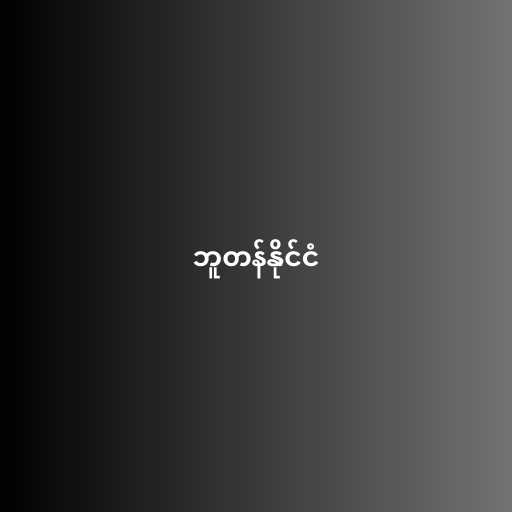
ဘူတန်နိုင်ငံ